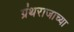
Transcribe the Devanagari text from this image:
ग्रंथराजाच्या